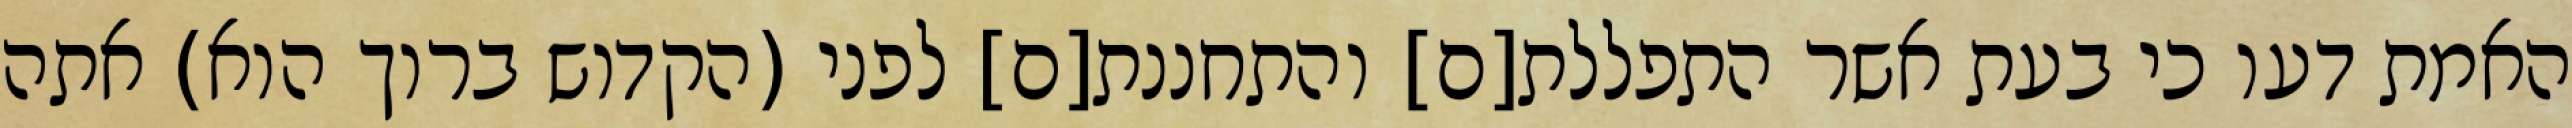
האמת דעו כי בעת אשר התפללת[ם] והתחננת[ם] לפני (הקדוש ברוך הוא) אתה